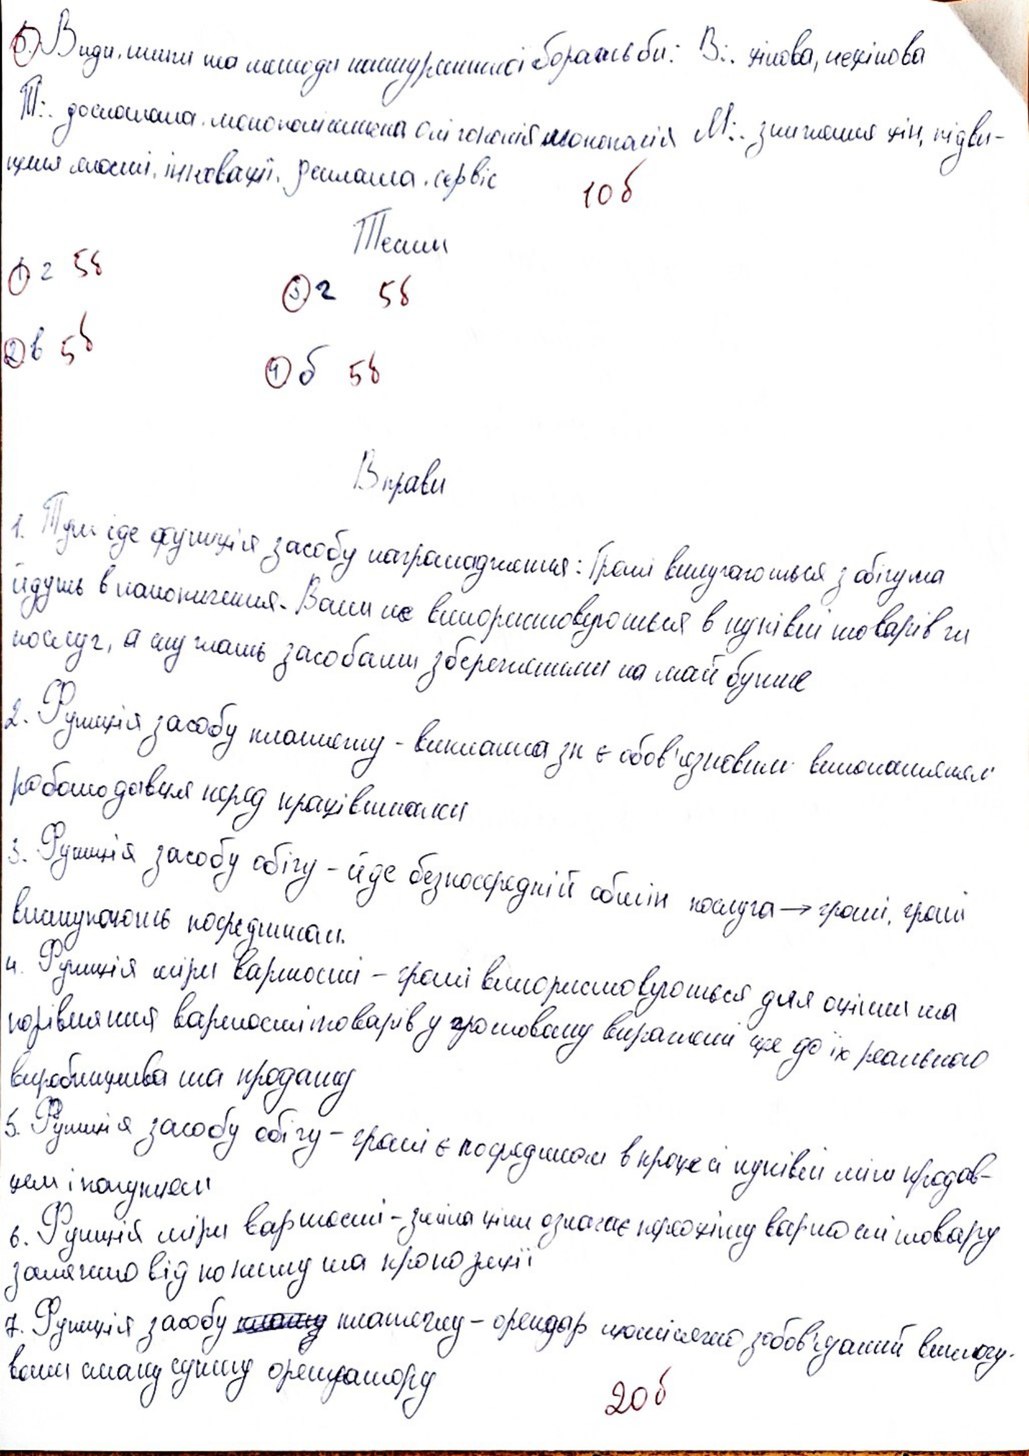
5. Види, типи та методи конкурентної боротьби: В.: цінова, нецінова
П.: досконала, монополістична, олігополія, монополія М.: зниження цін, підви-
щення якості, інновації, реклама, сервіс.
10б
Темп
1. г
5б
3.г
5б
2. в
5б
4.б
5б
Вправи
1. Тут іде функція засобу нагромадження: Гроші вилучаються з обігу та
йдуть в накопичення. Вони не використовуються в купівлі товарів чи
послуг, а служать засобами збереженими на майбутнє
2. Функція засобу платежу -виплата зп є обов'язковим виконанням
роботодавця перед працівниками
3. Функція засобу обігу - йде безпосередній обмін послуга → гроші, гроші
виступають посредником.
4. Функція міри вартості - гроші використовуються для оцінки та
порівняння вартості товарів у грошовому вираженні ще до їх реального
виробництва та продажу
5. Функція засобу обігу - гроші є посередником в процесі купівлі між продав-
цем і покупцем
6. Функція міри вартості - зміна ціни означає переоцінку вартості товару
залежно від попиту та пропозиції
7. Функція засобу ~~плату~~ платежу - орендар щомісячно зобов'язаний виплачу-
20б